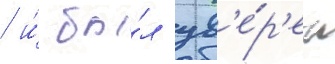
/ и́ бы́л ув'е́р'ен